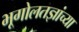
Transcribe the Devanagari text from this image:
भूगोलतज्ञांच्या